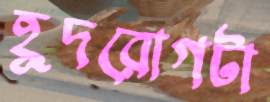
হূদরোগটা